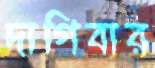
দাগিবার